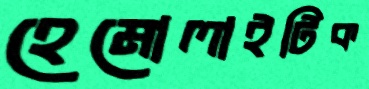
হেমোলাইটিক